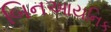
બિનઆયનિક